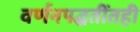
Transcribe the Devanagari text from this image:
वर्णनपद्धतींतही